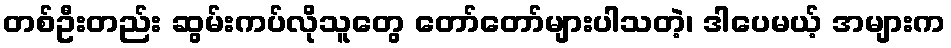
တစ်ဦးတည်း ဆွမ်းကပ်လိုသူတွေ တော်တော်များပါသတဲ့၊ ဒါပေမယ့် အများက